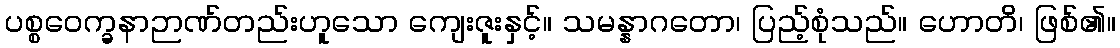
ပစ္စဝေက္ခနာဉာဏ်တည်းဟူသော ကျေးဇူးနှင့်။ သမန္နာဂတော၊ ပြည့်စုံသည်။ ဟောတိ၊ ဖြစ်၏။